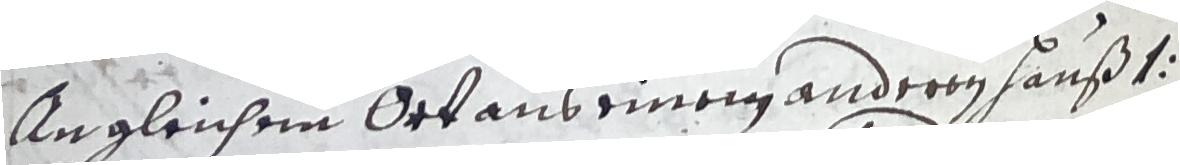
Angleichem ort aus einem anderen hauß